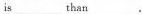
is___than___.